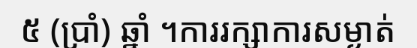
៥ (ប្រាំ) ឆ្នាំ ។ការរក្សាការសម្ងាត់